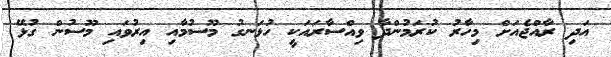
އަދި ރާއްޖެއަށް މިހާރު ކުރަމުންދާ ވިއްސާރައަކީ ހުޅަނގު މޫސުމާއި އިރުވައި މޫސުން ގުޅޭ